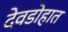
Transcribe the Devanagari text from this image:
देवडोहात